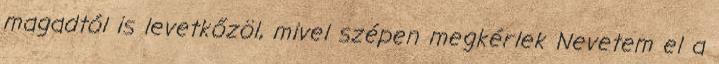
magadtól is levetkőzöl, mivel szépen megkérlek Nevetem el a